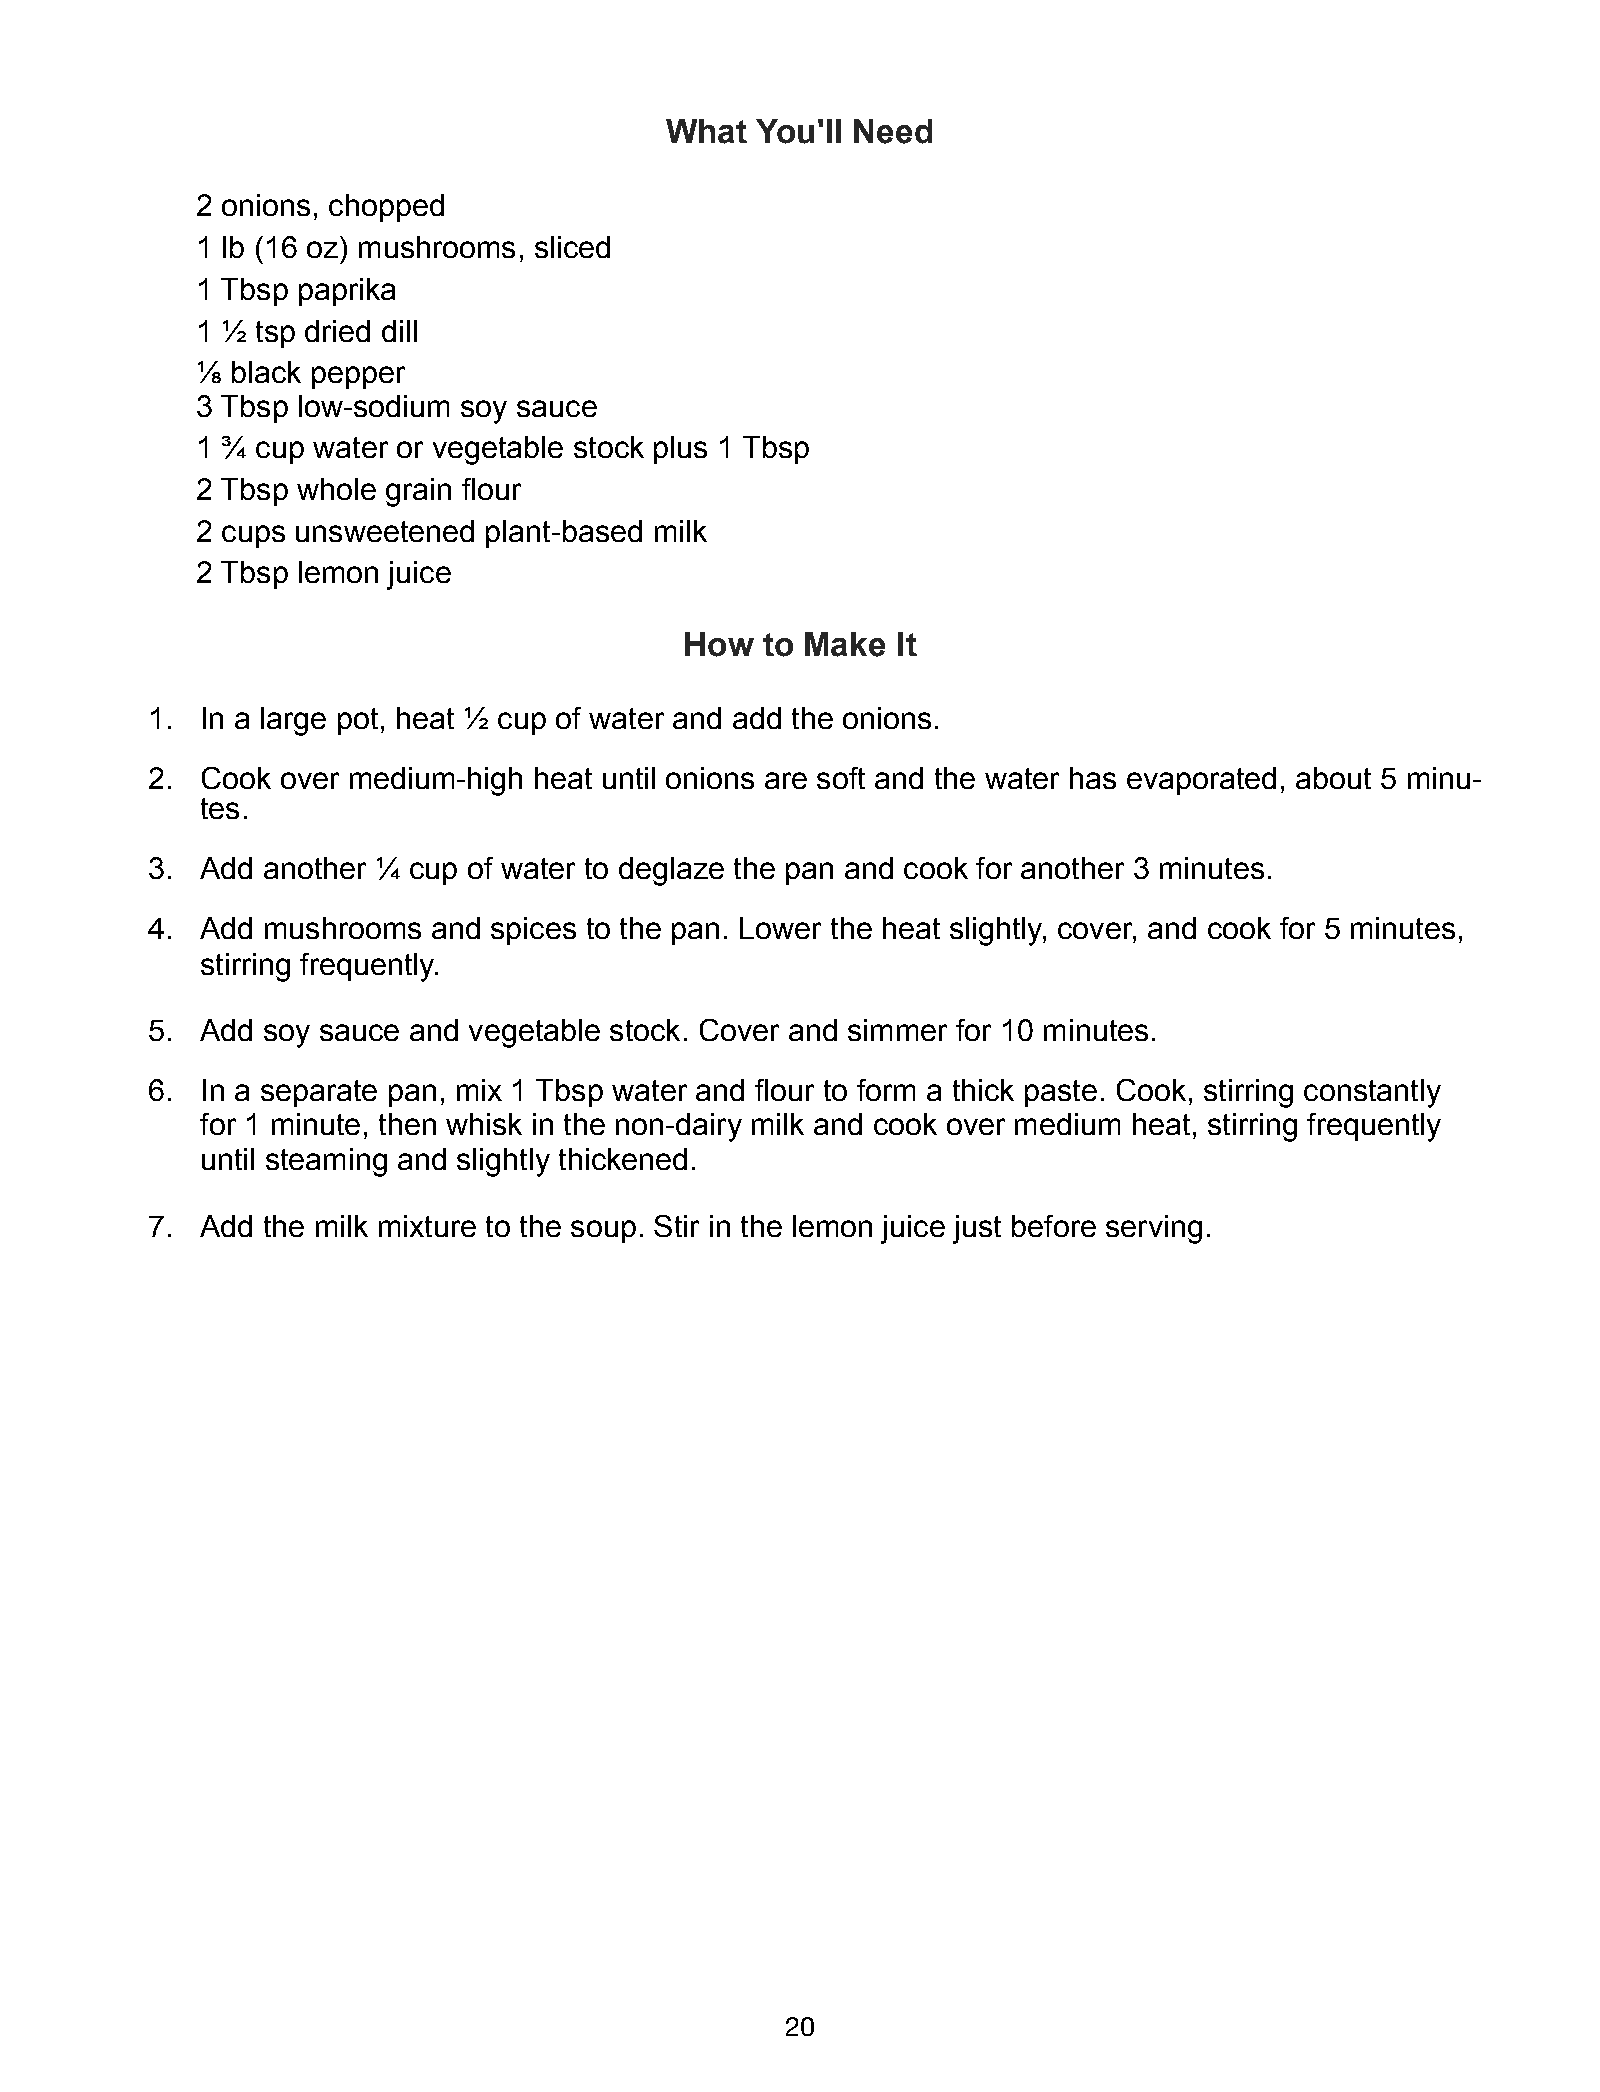
What  You'll Need
 2 onions, chopped
 1 lb (16 oz) mushrooms, sliced
 1 Tbsp paprika
 1 ½ tsp dried dill
 ⅛ black pepper
 3 Tbsp low-sodium soy sauce
 1 ¾ cup water or vegetable stock plus 1 Tbsp
 2 Tbsp whole grain flour
 2 cups unsweetened plant-based milk
 2 Tbsp lemon juice
 How   to Make It
 1. In a large pot, heat ½ cup of water and add the onions.
 2. Cook  over medium-high heat until onions are soft and the water has evaporated, about 5 minu-
 tes.
 3. Add another ¼ cup of water to deglaze the pan and cook for another 3 minutes.
 4. Add mushrooms   and spices to the pan. Lower the heat slightly, cover, and cook for 5 minutes,
 stirring frequently.
 5. Add soy sauce and vegetable stock. Cover and simmer for 10 minutes.
 6. In a separate pan, mix 1 Tbsp water and flour to form a thick paste. Cook, stirring constantly
 for 1 minute, then whisk in the non-dairy milk and cook over medium heat, stirring frequently
 until steaming and slightly thickened.
 7. Add the milk mixture to the soup. Stir in the lemon juice just before serving.
 20